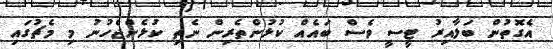
އެގޮތުން ބަލާއިރު ޓީސީ ވެސް ބައެއް ކުޅުންތެރިން ނެތި ކުޅެންޖެހުނު މި މެޗުގައި